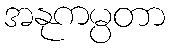
အနုကမ္ပတာ